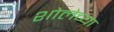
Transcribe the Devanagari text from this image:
शोलेच्या